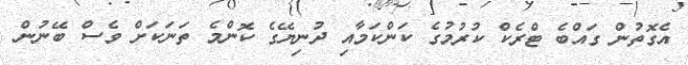
އެގޮތުން ގައްބެ ޓްރެކް ކުރުމުގެ ކަންކަމާއި ދުނިޔޭގެ ކޮންމެ ތަނަކަށް ވެސް ބޭނުން